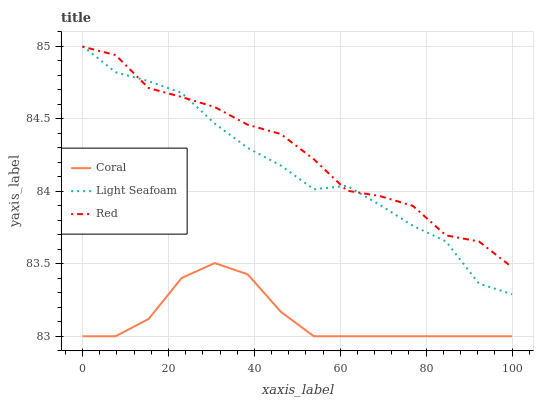
| xaxis_label | Coral | Light Seafoam | Red |
 | --- | --- | --- | --- |
 | 0 | 83 | 85 | 85 |
 | 7.69 | 83 | 84.8 | 84.9 |
 | 15.4 | 83.1 | 84.8 | 84.7 |
 | 23.1 | 83.4 | 84.7 | 84.6 |
 | 30.8 | 83.5 | 84.5 | 84.6 |
 | 38.5 | 83.4 | 84.3 | 84.5 |
 | 46.2 | 83.2 | 84.2 | 84.4 |
 | 53.8 | 83 | 84 | 84.2 |
 | 61.5 | 83 | 84 | 84 |
 | 69.2 | 83 | 83.9 | 84 |
 | 76.9 | 83 | 83.8 | 83.9 |
 | 84.6 | 83 | 83.7 | 83.7 |
 | 92.3 | 83 | 83.4 | 83.7 |
 | 100 | 83 | 83.3 | 83.5 |